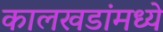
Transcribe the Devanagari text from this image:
कालखडांमध्ये